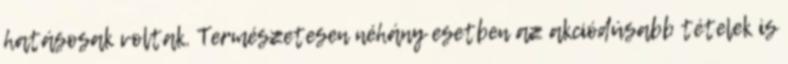
hatásosak voltak. Természetesen néhány esetben az akciódúsabb tételek is